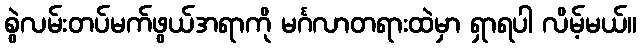
စွဲလမ်းတပ်မက်ဖွယ်အရာကို မင်္ဂလာတရားထဲမှာ ရှာရပါ လိမ့်မယ်။